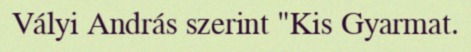
Vályi András szerint "Kis Gyarmat.